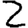
Digit: 2